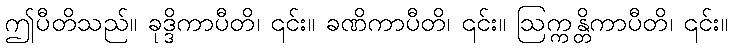
ဤပီတိသည်။ ခုဒ္ဒိကာပီတိ၊ ၎င်း။ ခဏိကာပီတိ၊ ၎င်း။ ဩက္ကန္တိကာပီတိ၊ ၎င်း။